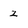
Character: 2